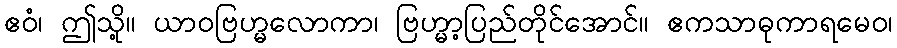
ဧဝံ၊ ဤသို့။ ယာဝဗြဟ္မလောကာ၊ ဗြဟ္မာ့ပြည်တိုင်အောင်။ ဧကသာဓုကာရမေဝ၊